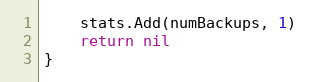
Language: Go
	stats.Add(numBackups, 1)
	return nil
}